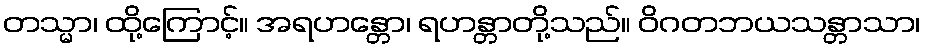
တသ္မာ၊ ထို့ကြောင့်။ အရဟန္တော၊ ရဟန္တာတို့သည်။ ဝိဂတဘယသန္တာသာ၊